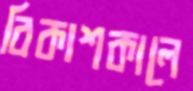
বিকাশকালে